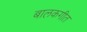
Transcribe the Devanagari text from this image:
बालकगीत